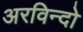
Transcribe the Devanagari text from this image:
अरविन्दो